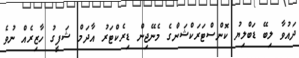
ދައުވާ ލިބޭ ޑަބްލިޔު ކޮންސްޓަރަކްޝަންގެ މެނޭޖިން ޑިރެކްޓަރު އާދަމް ޝަފީގު ހާޒިރެއް ނުވެ